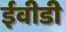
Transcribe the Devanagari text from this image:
ईवीडी